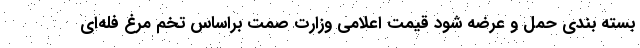
بسته بندی حمل و عرضه شود قیمت اعلامی وزارت صمت براساس تخم مرغ فله‌ای